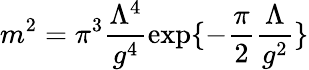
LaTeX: m^{2}=\pi^{3}\frac{\Lambda^{4}}{g^{4}}\exp\{ -\frac{\pi}{2}\frac{\Lambda}{g^{2}}\}